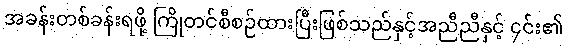
အခန်းတစ်ခန်းရဖို့ ကြိုတင်စီစဉ်ထားပြီးဖြစ်သည်နှင့်အညီညီနှင့် ၄င်း၏